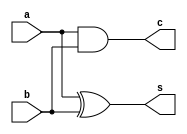
module ha(input a, input b, output s, output c);
    and  (c,a,b);
    xor  (s,a,b);
endmodule